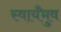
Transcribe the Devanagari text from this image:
स्वायँभुव